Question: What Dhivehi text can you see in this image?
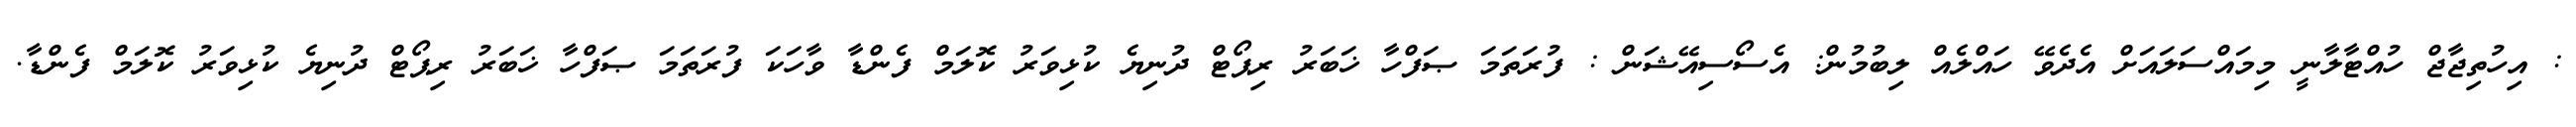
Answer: : އިހުތިޖާޖް ހުއްޓާލާނީ މިމައްސަލައަށް އެދެވޭ ހައްލެއް ލިބުމުން: އެސޯސިއޭޝަން : ފުރަތަމަ ޞަފްހާ ޚަބަރު ރިޕޯޓް ދުނިޔެ ކުޅިވަރު ކޮލަމް ފެންޑާ ވާހަކަ ފުރަތަމަ ޞަފްހާ ޚަބަރު ރިޕޯޓް ދުނިޔެ ކުޅިވަރު ކޮލަމް ފެންޑާ.